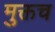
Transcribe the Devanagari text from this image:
मुक्तच